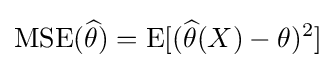
\operatorname {MSE} ({\widehat {\theta }})=\operatorname {E} [({\widehat {\theta }}(X)-\theta )^{2}]